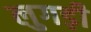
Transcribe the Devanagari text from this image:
लुगड़ी